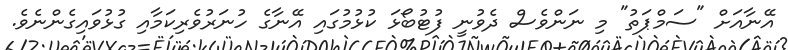
އޭނާއަށް "ސަމްޕަތު" މި ނަންވެސް ދެވުނީ ފުޓުބޯޅަ ކުޅުމުގައި އޭނާގެ ހުނަރުވެރިކަމާއި ގުޅުވައިގެންނެވެ.